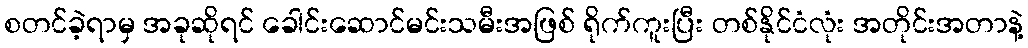
စတင်ခဲ့ရာမှ အခုဆိုရင် ခေါင်းဆောင်မင်းသမီးအဖြစ် ရိုက်ကူးပြီး တစ်နိုင်ငံလုံး အတိုင်းအတာနဲ့